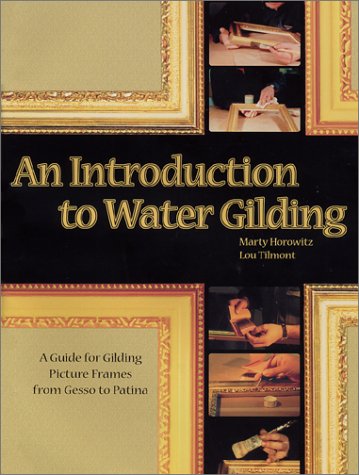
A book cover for An Introduction to Water Gilding; Marty Horowitz; Crafts, Hobbies & Home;